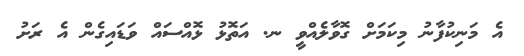
އެ މަނިކުފާނު މިކަމަށް ގޮވާލެއްވީ ނ. އަތޮޅު ޅޮއްސައް ވަޑައިގެން އެ ރަށު